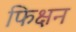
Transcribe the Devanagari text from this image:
फिक्षन